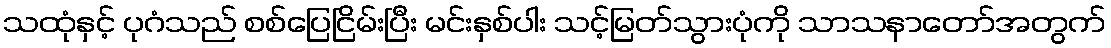
သထုံနှင့် ပုဂံသည် စစ်ပြေငြိမ်းပြီး မင်းနှစ်ပါး သင့်မြတ်သွားပုံကို သာသနာတော်အတွက်